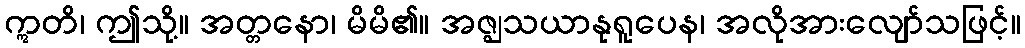
ဣတိ၊ ဤသို့။ အတ္တနော၊ မိမိ၏။ အဇ္ဈသယာနုရူပေန၊ အလိုအားလျော်သဖြင့်။